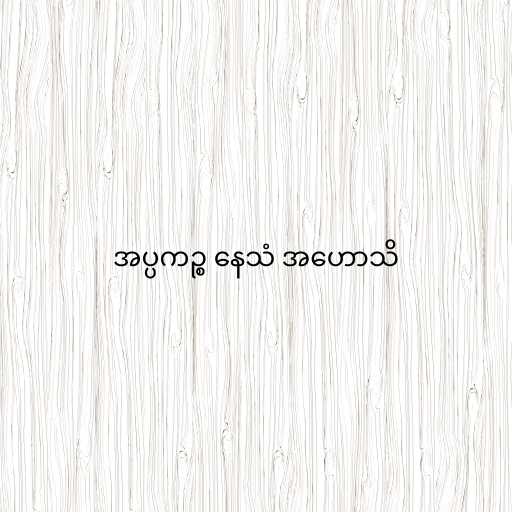
အပ္ပကဉ္စ နေသံ အဟောသိ